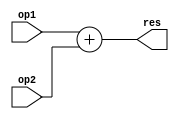
module Adder (
	input [30:0] op1,
	input [30:0] op2,
	output [31:0] res);

	//Wire define for this module.

	//Wire define for sub module.

	//Wire sub module connect to this module and inter module connect.
	assign res = (op1 + op2);

	//Wire this module connect to sub module.

	//module inst.

endmodule